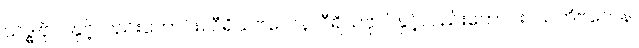
သဒ္ဓါဗိုလ်နှင့်လည်းကောင်း။ ဝီရိယဗလေန၊ ဝီရိယဗိုလ်နှင့်လည်းကောင်း။ သတိဗလေန၊